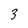
Character: 3